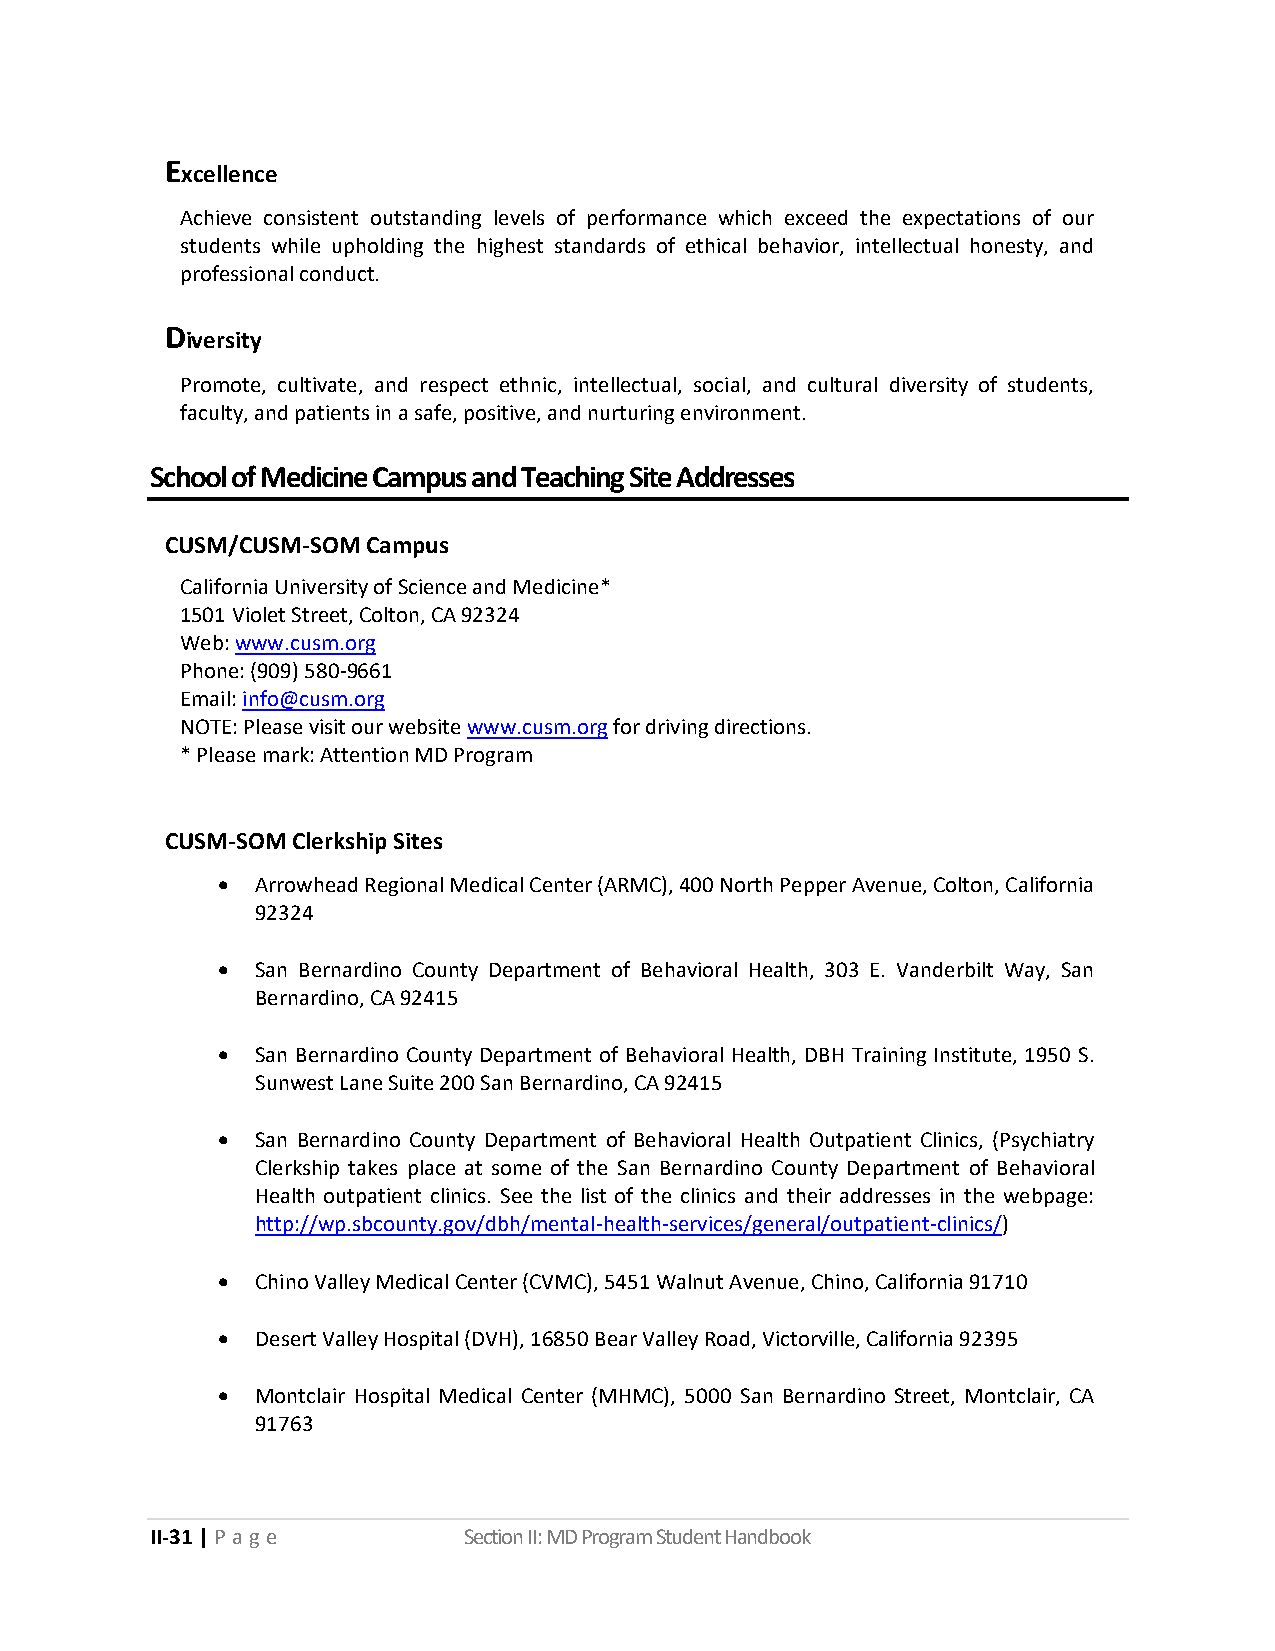
E
 xcellence
 Achieve consistent outstanding levels of performance which exceed the expectations of our
 students while upholding the highest standards of ethical behavior, intellectual honesty, and
 professional conduct.
 D
 iversity
 Promote, cultivate, and respect ethnic, intellectual, social, and cultural diversity of students,
 faculty, and patients in a safe, positive, and nurturing environment.
 School of Medicine Campus and Teaching Site Addresses
 CUSM/CUSM-SOM Campus
 California University of Science and Medicine*
 1501 Violet Street, Colton, CA 92324
 Web: www.cusm.org
 Phone: (909) 580-9661
 Email: info@cusm.org
 NOTE: Please visit our website www.cusm.org for driving directions.
 * Please mark: Attention MD Program
 CUSM-SOM Clerkship Sites
 •  Arrowhead Regional Medical Center (ARMC), 400 North Pepper Avenue, Colton, California
 92324
 •  San Bernardino County Department of Behavioral Health, 303 E. Vanderbilt Way, San
 Bernardino, CA 92415
 •  San Bernardino County Department of Behavioral Health, DBH Training Institute, 1950 S.
 Sunwest Lane Suite 200 San Bernardino, CA 92415
 •  San Bernardino County Department of Behavioral Health Outpatient Clinics, (Psychiatry
 Clerkship takes place at some of the San Bernardino County Department of Behavioral
 Health outpatient clinics. See the list of the clinics and their addresses in the webpage:
 http://wp.sbcounty.gov/dbh/mental-health-services/general/outpatient-clinics/)
 •  Chino Valley Medical Center (CVMC), 5451 Walnut Avenue, Chino, California 91710
 •  Desert Valley Hospital (DVH), 16850 Bear Valley Road, Victorville, California 92395
 •  Montclair Hospital Medical Center (MHMC), 5000 San Bernardino Street, Montclair, CA
 91763
 II-31 | P a g e      Section II: MD Program Student Handbook